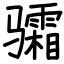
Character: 骦